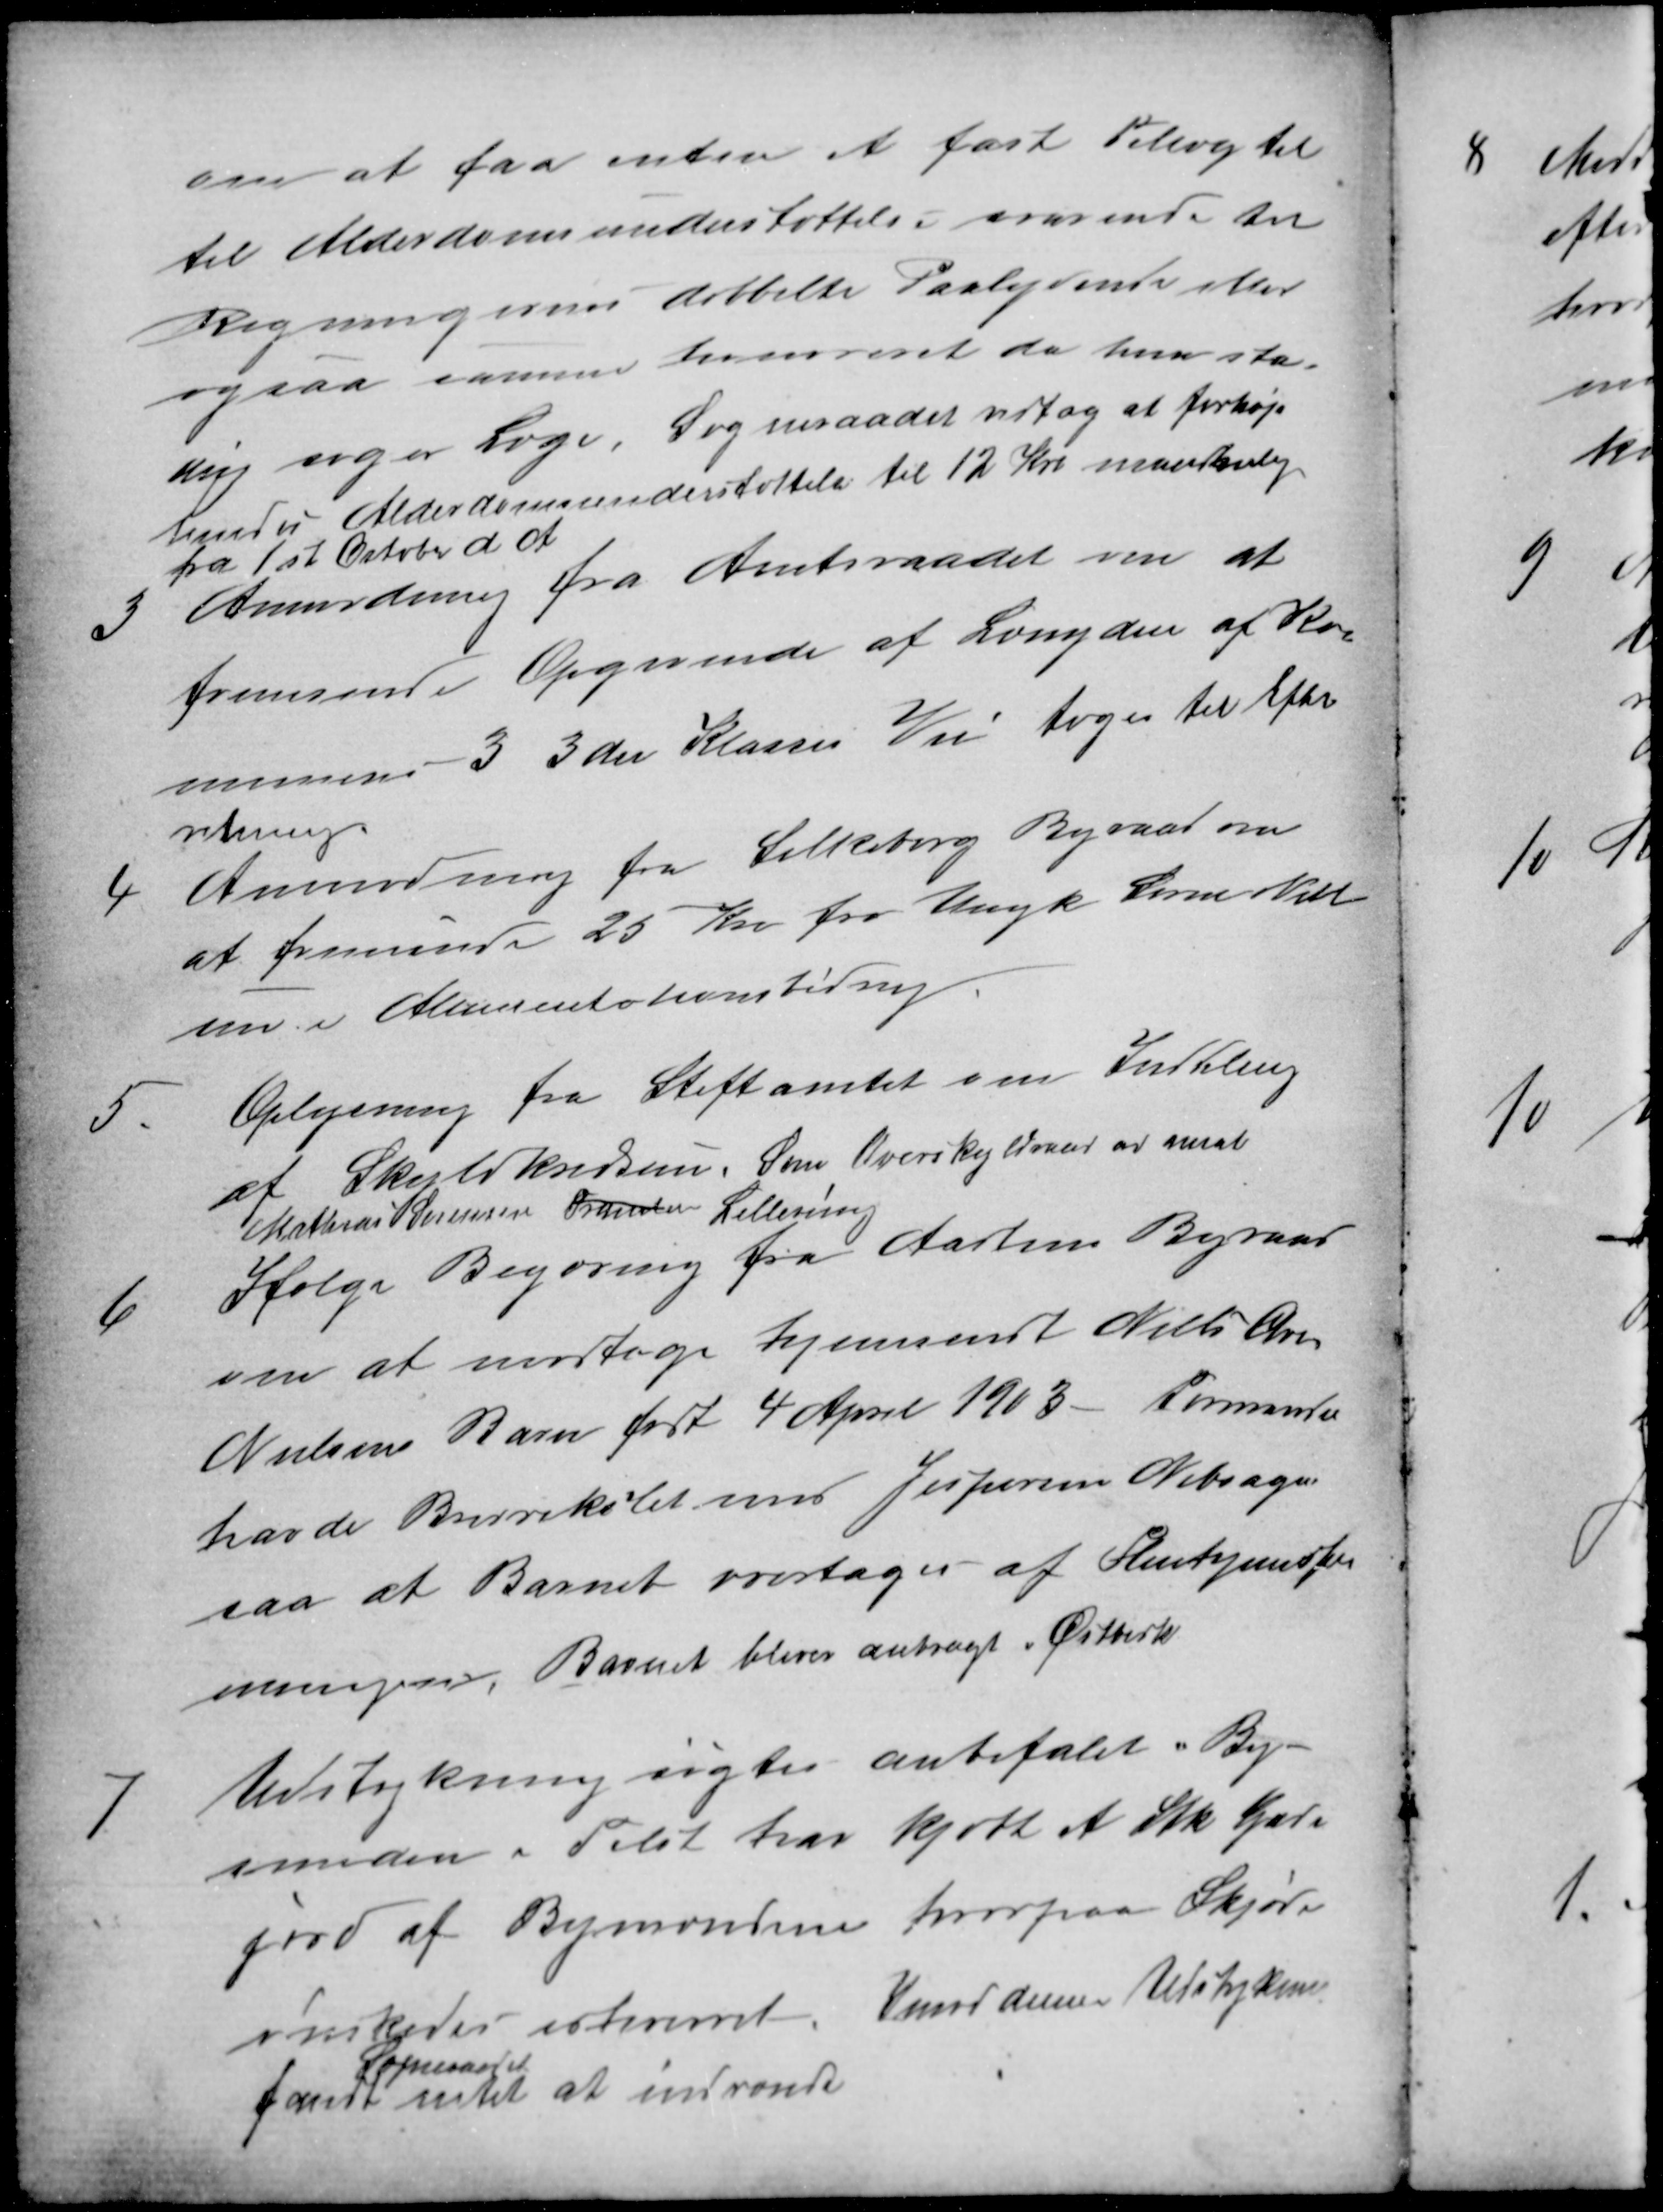
Transskription:
om at faa enten et fast Tillæg til
til Alderdomsunderstøttelse svarende til
Regningens dobbelte Paalydende eller
ogsaa samme hververet da hun sta-
dig søger Læge. Sogneraadet vedtog at forhøje
hendes Alderdomsunderstøttelse til 12 Kr maanedlig
fra 1st October d A
3
Anmodning fra Amtsraadet om at
fremsende Opgivende af Længden af Kom
munens 3 3 die Klasses Vei toges til Efter
retning
4
Anmodning fra Silkeborg Byraad om
at fremsende 25 Kro fra Ungk Søren Niel
sen i Alimentationsbidrag
5
Oplysning fra Stiftamtet om Inddeling
af Skyldkredsen. Som Overskyldraad er ansat
Mathias Sørensen Framlev Lillering
6
Ifølge Begæring fra Aarhus Byraad
om at modtage hjemsendt Nies Ove
Nielsens Barn født 4 April 1903 Formanden
havde Brerrekilet med Jespersen Nebsager
saa at Barnet overtages af Pleiehjemsfor-
eningen, Barnet bliver anbragt i Østbirk
7
Udstykning søgtes anbefalet By-
smeden i Tilst har kjøbt et Stk Gade
jord af Bymændene hvorpaa Skjøde
ønskedes estimeret. Imod denne Udstykning
fandt
Sogneraadet
intet at indvende